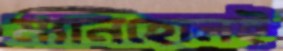
ম্যানহোলই